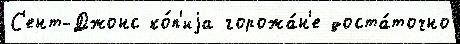
С'ент-Джонс ко́п'иjа горожа́н'е доста́точно